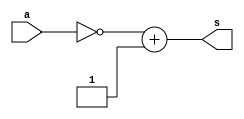
//-------------------------------------
//Extra2 - Complemento de 2 com 1 byte
//Nome: Silvino Henrique Santos de Souza	
//Matrcula: 412773
//-------------------------------------

//--------------
//-- complement
//--------------

module complement(output[7:0]s, input[7:0]a);
	assign s = (~a) + 1'b1;
endmodule //complement

module test_complement;
	//--------------definir dados
	reg[7:0]a;
	wire[7:0]b;
	
	//instancia
	complement comp1(b,a);	


	//parte principal
	initial begin
		a = 8'b00000000;
		$display("Extra2 - Silvino Henrique Santos de Souza - 412773");
		$display("Complemento de 2 - 1 byte");
		$display("\n~a + 1 = b\n");
		$monitor("%8b = %8b",a,b);
		#1 a = 1;
		#1 a = 2;
		#1 a = 3;
		#1 a = 4;
		#1 a = 5;
		#1 a = 6;
		#1 a = 7;
		#1 a = 8;
		#1 a = 9;
		#1 a = 10;
		#1 a = 255;
	end
endmodule //test_complement